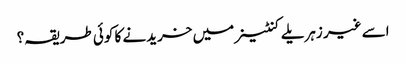
اسے غیر زہریلے کنٹینر میں خریدنے کا کوئی طریقہ؟